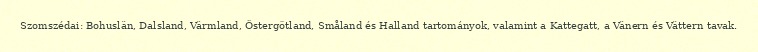
Szomszédai: Bohuslän, Dalsland, Värmland, Östergötland, Småland és Halland tartományok, valamint a Kattegatt, a Vänern és Vättern tavak.